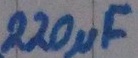
Text: 220µF